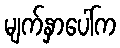
မျက်နှာပေါ်က